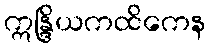
ဣန္ဒြိယကထိကေန